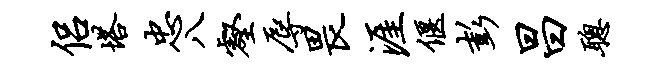
侣塔忠八壑辱畏涯偃彭昌聪